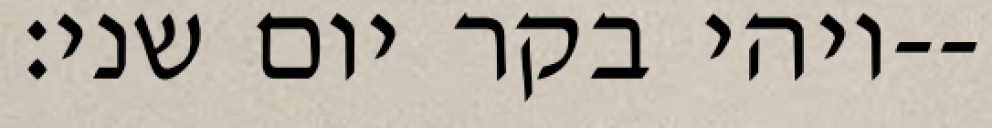
ויהי בקר יום שני׃--